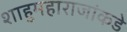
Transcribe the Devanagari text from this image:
शाहुमहाराजांकडे